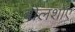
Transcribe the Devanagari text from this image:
बोलशोए